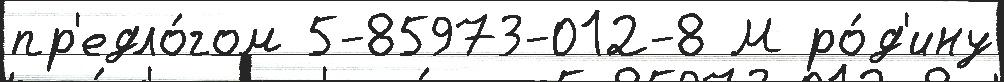
пр'едло́гом 5-85973-012-8 М ро́д'ину